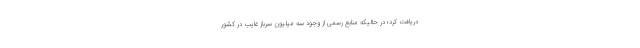
دریافت کرد؛ در حالیکه منابع رسمی از وجود سه میلیون سرباز غایب در کشور